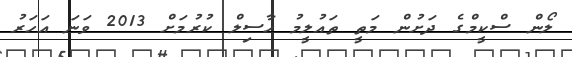
ލޯން ސްކީމްގެ ދަށުން މަތީ ތައުލީމު ހާސިލް ކުރުމަށް 2013 ވަނަ އަހަރު